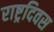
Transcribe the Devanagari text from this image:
राष्ट्रदिवस